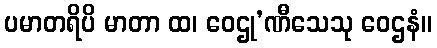
ပမာတရိပိ မာတာ ထ၊ ဝေဌု’ဏီသေသု ဝေဌနံ။